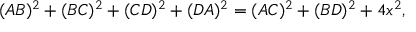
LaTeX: ( A B ) ^ { 2 } + ( B C ) ^ { 2 } + ( C D ) ^ { 2 } + ( D A ) ^ { 2 } = ( A C ) ^ { 2 } + ( B D ) ^ { 2 } + 4 x ^ { 2 } ,